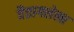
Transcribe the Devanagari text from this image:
वैतागलेला